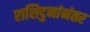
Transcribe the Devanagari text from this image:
राशिदुनांनंतर